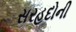
સરહદોની